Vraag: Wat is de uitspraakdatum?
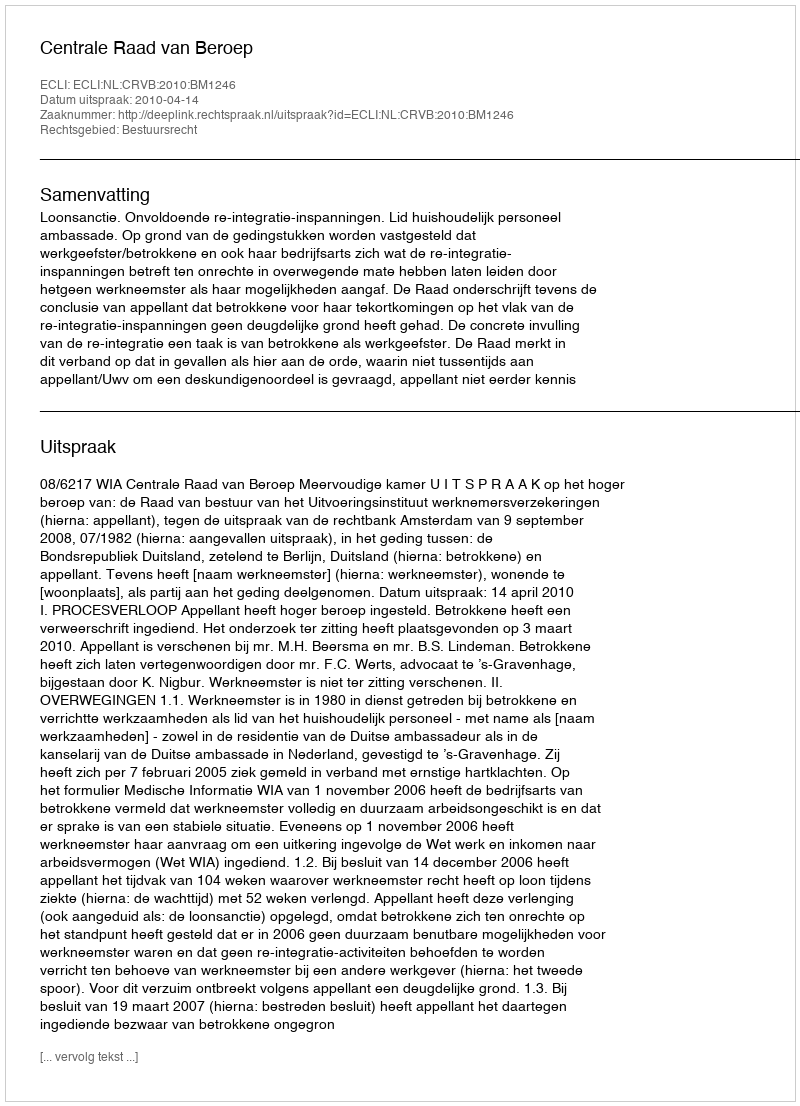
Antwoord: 2010-04-14